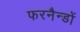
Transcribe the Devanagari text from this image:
फरनैन्डों